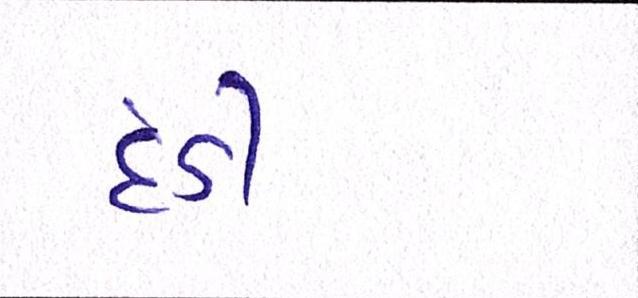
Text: દંડી